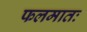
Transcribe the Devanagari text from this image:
फलमातः